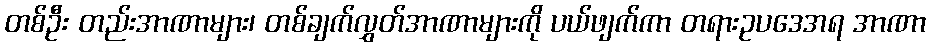
တစ်ဦး တည်းအာဏာများ၊ တစ်ချက်လွှတ်အာဏာများကို ပယ်ဖျက်ကာ တရားဥပဒေအရ အာဏာ